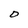
Character: D